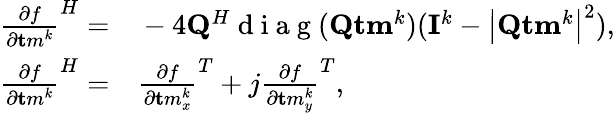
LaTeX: \begin{array}{rl}{{\frac{\partial f}{\partial{\mathbf tm}^{k}}}^{H}=}&{{}-4{\mathbf{Q}}^{H}\mathrm{~d~i~a~g~}({\mathbf{Q}}{\mathbf{tm}}^{k})({\mathbf{I}}^{k}-\left|{\mathbf{Q}}{\mathbf{tm}}^{k}\right|^{2}),}\\ {{\frac{\partial f}{\partial{\mathbf tm}^{k}}}^{H}=}&{{}\frac{\partial f}{\partial{\mathbf tm}_{x}^{k}}^{T}+j\frac{\partial f}{\partial{\mathbf tm}_{y}^{k}}^{T},}\end{array}